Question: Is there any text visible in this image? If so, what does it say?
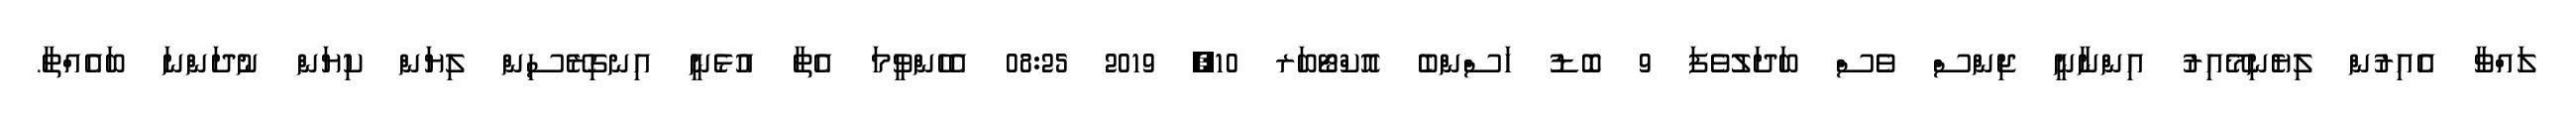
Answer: ލައްވާ އެއިރުން ލިޔެނިމޭއިރު އިންނާނީ ޖިންސް ވެސް ބަދަލުވެފަ 9 ބޮޑު ހަސްންބެ އޮކްޓޯބަރ 10, 2019 08:25 އެހެންވީމަ އެތާ އުޅެނީ އިނގިރޭސިން ލިޔަން ކިޔަން ނުދަންނަ ބައެއްތާ.